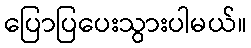
ပြောပြပေးသွားပါမယ်။